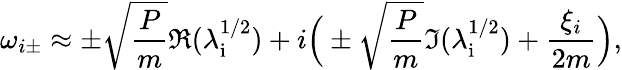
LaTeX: \omega_{i\pm}\approx\pm\sqrt{\frac{P}{m}}\Re(\lambda_{\mathrm{i}}^{1/2})+i\Big(\pm\sqrt{\frac{P}{m}}\Im(\lambda_{\mathrm{i}}^{1/2})+\frac{\xi_{i}}{2m}\Big),